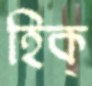
হিক্